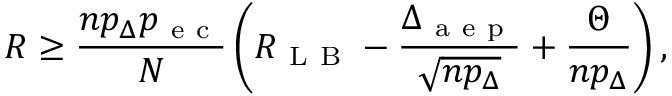
R \geq \frac { n p _ { \Delta } p _ { \mathrm { ~ e ~ c ~ } } } { N } \left( R _ { \mathrm { ~ L ~ B ~ } } - \frac { \Delta _ { \mathrm { ~ a ~ e ~ p ~ } } } { \sqrt { n p _ { \Delta } } } + \frac { \Theta } { n p _ { \Delta } } \right) ,